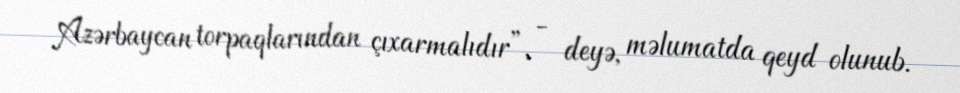
Azərbaycan torpaqlarından çıxarmalıdır”, - deyə, məlumatda qeyd olunub.